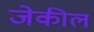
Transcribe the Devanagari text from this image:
जेकील